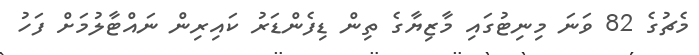
މެޗުގެ 82 ވަނަ މިނިޓުގައި މާޒިޔާގެ ތިން ޑިފެންޑަރު ކައިރިން ނައްޓާލުމަށް ފަހު